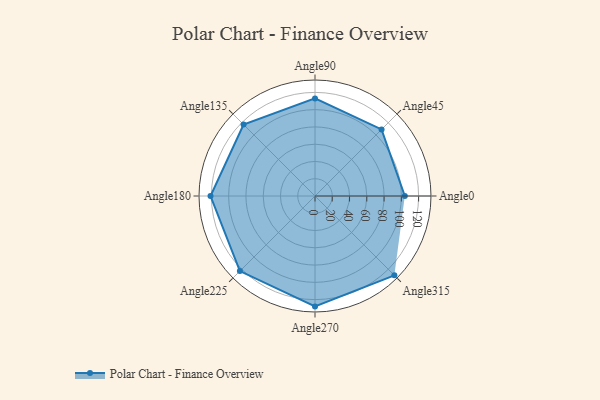
{"axis": {"x": "Angle", "y": "Radius"}, "legend": [""], "data": [{"x": "Angle0", "y": 104.0, "type": ""}, {"x": "Angle45", "y": 109.0, "type": ""}, {"x": "Angle90", "y": 113.0, "type": ""}, {"x": "Angle135", "y": 117.0, "type": ""}, {"x": "Angle180", "y": 121.0, "type": ""}, {"x": "Angle225", "y": 123.0, "type": ""}, {"x": "Angle270", "y": 128.0, "type": ""}, {"x": "Angle315", "y": 130.0, "type": ""}]}